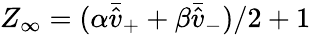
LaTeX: Z_{\infty}=(\alpha\bar{\hat{v}}_{+}+\beta\bar{\hat{v}}_{-})/2+1